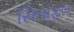
સિતાફળ